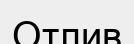
Отлив